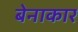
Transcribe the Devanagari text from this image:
बेनाकार